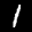
Label: 1